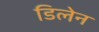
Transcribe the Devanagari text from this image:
डिलेन